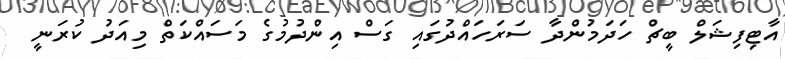
އާޓިފިޝަލް ބީޗް ހަދަމުންދާ ސަރަހައްދުގައި ގަސް އިންދުމުގެ މަސައްކަތް މިއަދު ކުރަނީ